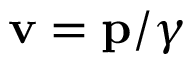
\mathbf { v } = \mathbf { p } / \gamma